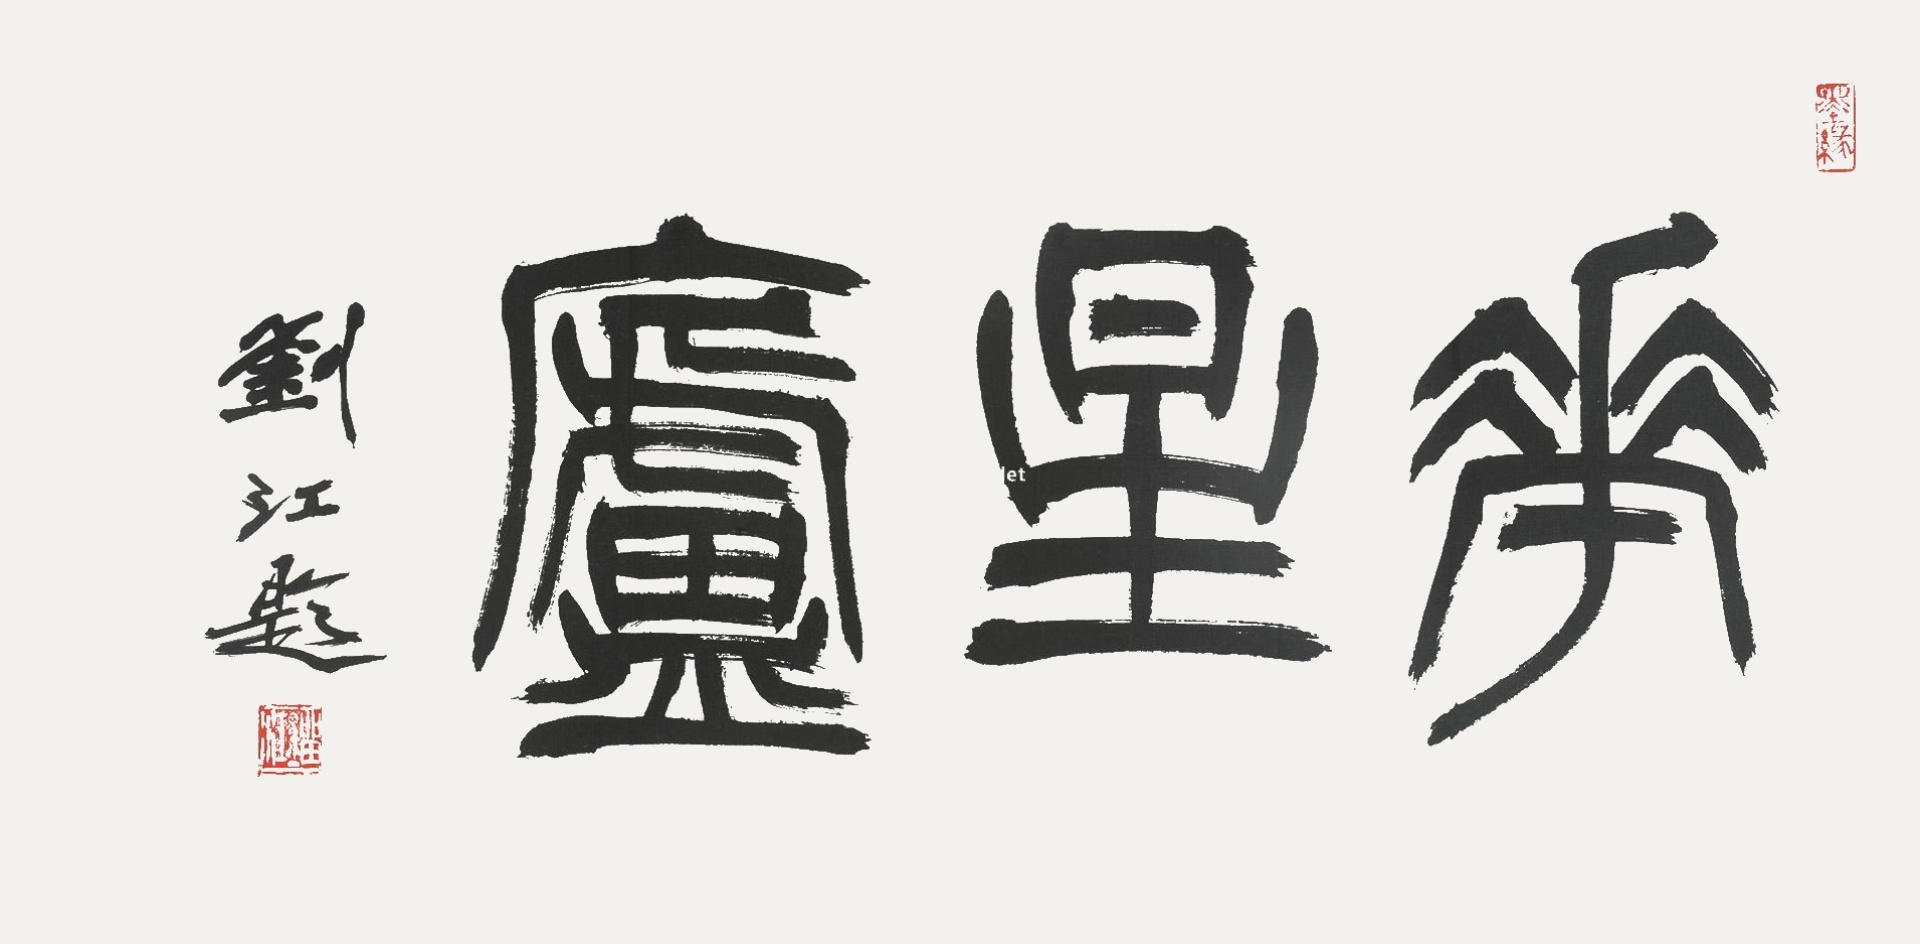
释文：华星庐。刘江题。